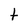
Character: t